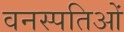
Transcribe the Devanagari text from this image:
वनस्पतिओं